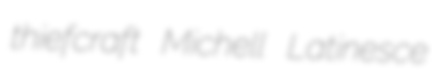
thiefcraft Michell Latinesce